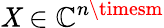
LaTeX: \mathit{X}\in\mathbb{{C}}^{n\timesm}